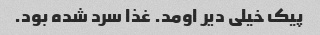
پیک خیلی دیر اومد. غذا سرد شده بود.